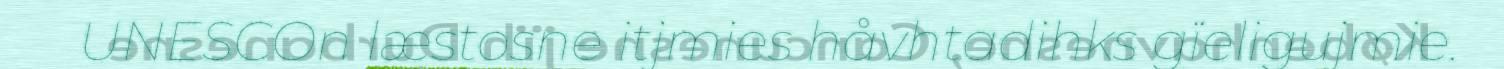
UNESCOn læstosne itjmies håvhtadihks gïeligujmie.